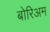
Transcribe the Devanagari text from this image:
बोरिअम